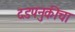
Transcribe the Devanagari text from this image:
दडपनुकीचा